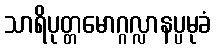
သာရိပုတ္တမောဂ္ဂလ္လာနပ္ပမုခံ